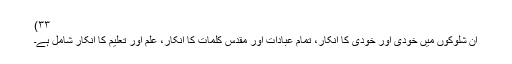
۳۳)
ان شلوکوں میں خودی اور خودی کا انکار، تمام عبادات اور مقدس کلمات کا انکار، علم اور تعلیم کا انکار شامل ہے۔